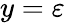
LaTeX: y=\varepsilon